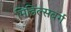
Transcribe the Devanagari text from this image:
मिडिल्सबर्ग